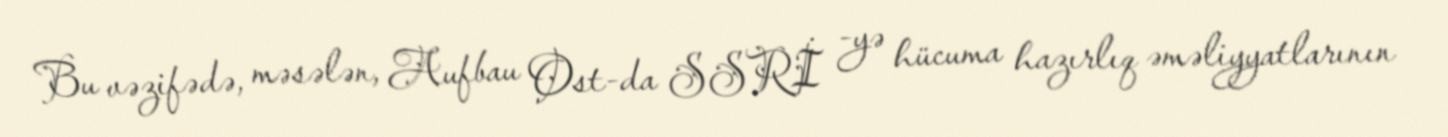
Bu vəzifədə, məsələn, Aufbau Ost-da SSRİ -yə hücuma hazırlıq əməliyyatlarının